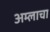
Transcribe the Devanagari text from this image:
अम्‍लाचा